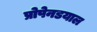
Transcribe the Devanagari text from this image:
प्रोपेनडयाल